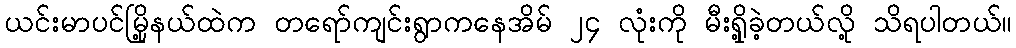
ယင်းမာပင်မြို့နယ်ထဲက တရော်ကျင်းရွာကနေအိမ် ၂၄ လုံးကို မီးရှို့ခဲ့တယ်လို့ သိရပါတယ်။